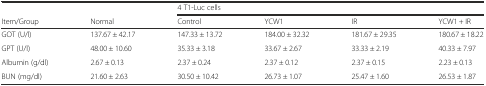
|  |  | <COLSPAN=4> 4 T1-Luc cells |
 | Item/Group | Normal | Control | YCW1 | IR | YCW1 + IR |
 | --- | --- | --- | --- | --- | --- |
 | GOT (U/l) | 137.67 ± 42.17 | 147.33 ± 13.72 | 184.00 ± 32.32 | 181.67 ± 29.35 | 180.67 ± 18.22 |
 | GPT (U/l) | 48.00 ± 10.60 | 35.33 ± 3.18 | 33.67 ± 2.67 | 33.33 ± 2.19 | 40.33 ± 7.97 |
 | Albumin (g/dl) | 2.67 ± 0.13 | 2.37 ± 0.24 | 2.37 ± 0.12 | 2.37 ± 0.15 | 2.23 ± 0.13 |
 | BUN (mg/dl) | 21.60 ± 2.63 | 30.50 ± 10.42 | 26.73 ± 1.07 | 25.47 ± 1.60 | 26.53 ± 1.87 |